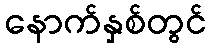
နောက်နှစ်တွင်